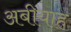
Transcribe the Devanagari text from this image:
अबीयाह